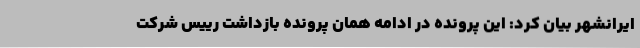
ایرانشهر بیان کرد: این پرونده در ادامه همان پرونده بازداشت رییس شرکت